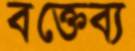
বক্তেব্য